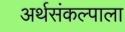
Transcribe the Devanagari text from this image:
अर्थसंकल्पाला